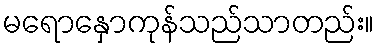
မရောနှောကုန်သည်သာတည်း။